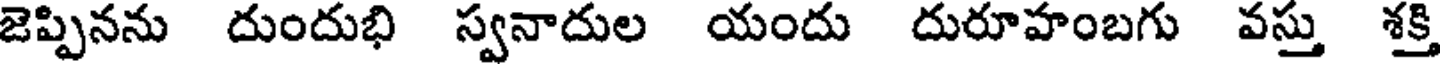
జెప్పినను దుందుభి స్వనాదుల యందు దురూహంబగు వస్తు శక్తి